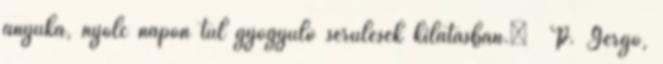
anyuka, nyolc napon túl gyógyuló sérülések kilátásban.” P. Gergő,